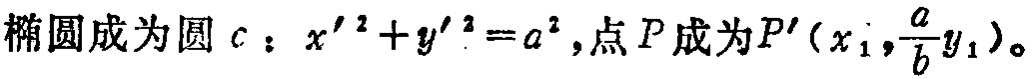
椭圆成为圆 \(c:x'^{2}+y'^{2}=a^{2}\)，点 \(P\) 成为 \(P'(x_{1},\frac{a}{b}y_{1})\)。